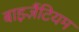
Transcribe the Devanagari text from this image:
बाइज़ैंटियम